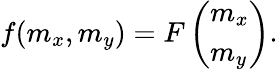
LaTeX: f(m_{x},m_{y})=F\left(\begin{array}{l}{m_{x}}\\ {m_{y}}\end{array}\right).